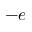
- e